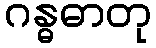
ဂန္ဓဓာတု